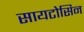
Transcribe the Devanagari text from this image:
सायटोसिन